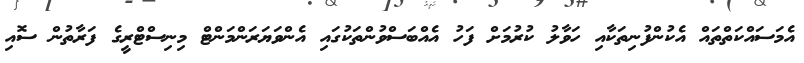
އެމަސައްކަތްތައް އެކުންފުނިތަކާއި ހަވާލު ކުރުމަށް ފަހު އެއްބަސްވުންތަކުގައި އެންވަޔަރަންމަންޓް މިނިސްޓްރީގެ ފަރާތުން ސޮއި